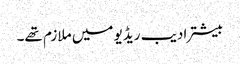
بیشتر ادیب ریڈیو میں ملازم تھے۔